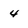
Character: 4